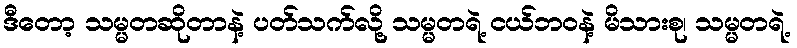
ဒီတော့ သမ္မတဆိုတာနဲ့ ပတ်သက်လို့ သမ္မတရဲ့ ငယ်ဘဝနဲ့ မိသားစု၊ သမ္မတရဲ့